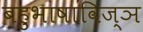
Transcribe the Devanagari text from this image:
बहुभाषाविज्ञ